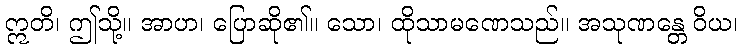
ဣတိ၊ ဤသို့။ အာဟ၊ ပြောဆို၏။ သော၊ ထိုသာမဏေသည်။ အသုဏန္တေ ဝိယ၊